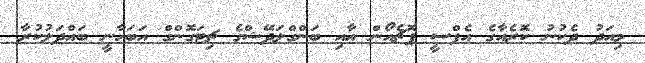
މިއަދު ދެކުނު ކޮރެއާގެ އެފްސީ ޕޮޗެއޯން އާއި ބަންގްލަދޭޝްގެ ޗިޓަގޮންގް އަބަހާނީ ބައްދަލުކުރާ